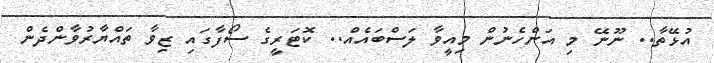
އުޅޭތާ.. ނޫނޭ މި އަންހެނުން މިއީވާ ލަސްބައެއް.. ކޮޓަރީގެ ސޯފާގައި ޒިވާ ތައްޔާރުވާންދެން